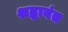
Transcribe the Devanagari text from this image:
श्रद्धावंत